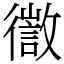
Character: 徾